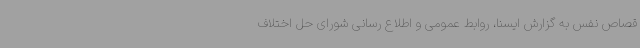
قصاص نفس به گزارش ایسنا، روابط عمومی و اطلاع رسانی شورای حل اختلاف